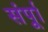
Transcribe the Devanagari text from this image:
संर्पूा